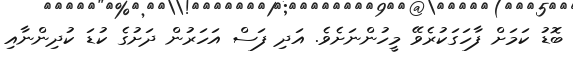
ބޮޑު ކަމަށް ފާހަގަކުރެވޭ މީހުންނަށެވެ. އަދި ފަސް އަހަރުން ދަށުގެ ކުޑަ ކުދިންނާއި